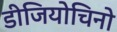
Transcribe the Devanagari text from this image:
डीजियोचिनो